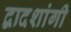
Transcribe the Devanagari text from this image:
द्वादशांगी